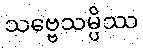
သဗ္ဗေသမ္ပိဿ